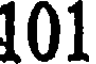
101